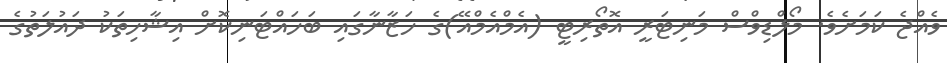
ވެއްޖެ ކަމަށެވެ. މޯލްޑިވްސް މަނިޓަރީ އޮތޯރިޓީ (އެމްއެމްއޭ)ގެ ހަޒާނާގައި ބަހައްޓަނިކޮށް އިޝާހިތަކު ދައުލަތުގެ